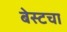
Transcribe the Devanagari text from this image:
बेस्टचा